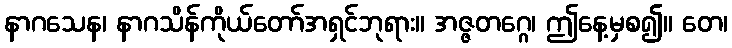
နာဂသေန၊ နာဂသိန်ကိုယ်တော်အရှင်ဘုရား။ အဇ္ဇတဂ္ဂေ၊ ဤနေ့မှစ၍။ တေ၊